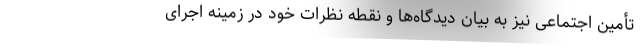
تأمین اجتماعی نیز به بیان دیدگاه‌ها و نقطه نظرات خود در زمینه اجرای